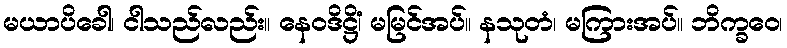
မယာပိခေါ၊ ငါသည်လည်း။ နေဝဒိဋ္ဌိံ၊ မမြင်အပ်။ နသုတံ၊ မကြားအပ်။ ဘိက္ခဝေ၊